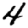
Digit: 4